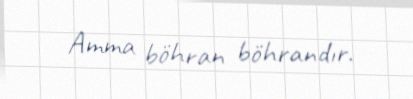
Amma böhran böhrandır.